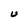
Character: U